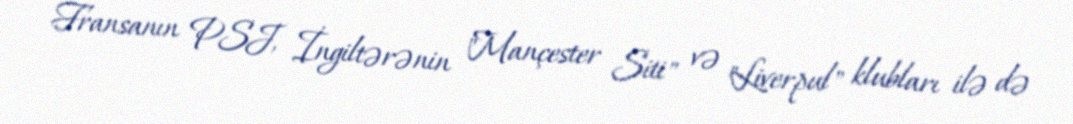
Fransanın PSJ, İngiltərənin "Mançester Siti" və "Liverpul" klubları ilə də